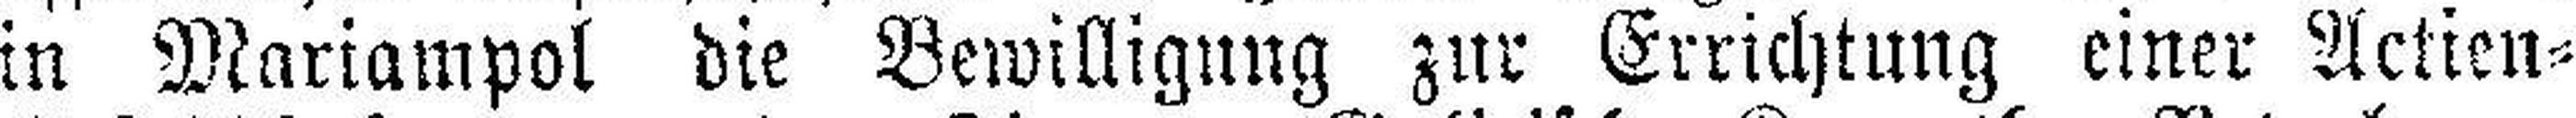
in Mariampol die Bewilligung zur Errichtung einer Actien=